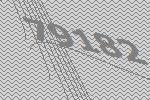
79182